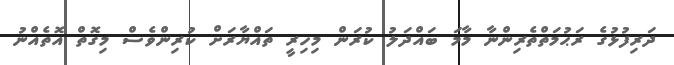
ދަރިފުޅުގެ ރަޙުމަތްތެރިންނާ މާމަ ބައްދަލު ކުރަން މިހިރީ ތައްޔާރަށް ކުރިންވެސް މިގޮތް އޮތެއްނު